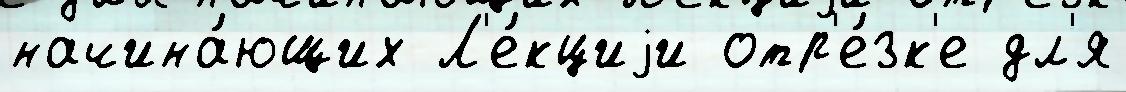
начина́ющих Л'е́кциjи отр'е́зк'е дл'я